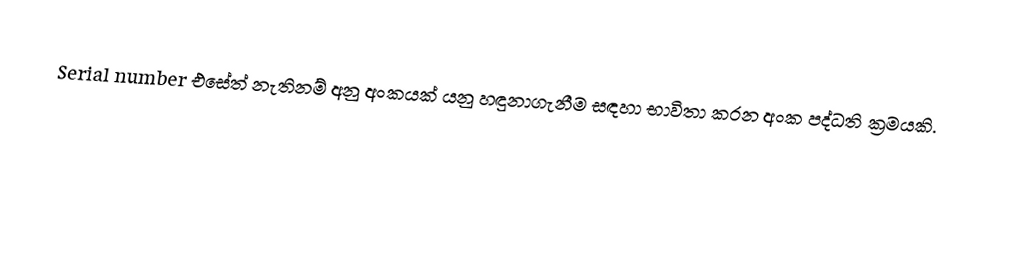
Serial number එසේත් නැතිනම් අනු අංකයක් යනු හඳුනාගැනීම සඳහා භාවිතා කරන අංක පද්ධති ක්‍රමයකි.